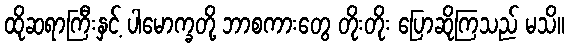
ထိုဆရာကြီးနှင့် ပါမောက္ခတို့ ဘာစကားတွေ တိုးတိုး ပြောဆိုကြသည် မသိ။